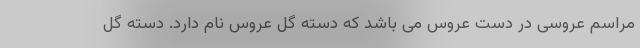
مراسم عروسی در دست عروس می باشد که دسته گل عروس نام دارد. دسته گل